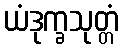
ယံဒုက္ခသုတ္တံ